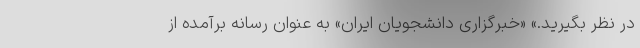
در نظر بگیرید.» «خبرگزاری دانشجویان ایران» به عنوان رسانه برآمده از